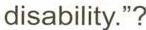
disability."?